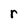
Character: r